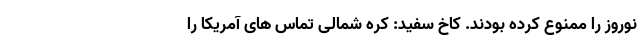
نوروز را ممنوع کرده بودند. کاخ سفید: کره‌ شمالی تماس‌ های آمریکا را